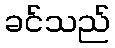
ခင်သည်